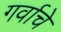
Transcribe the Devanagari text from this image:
गर्वाचे